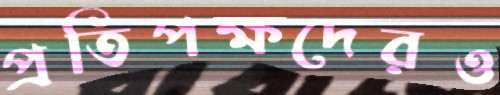
প্রতিপক্ষদেরও